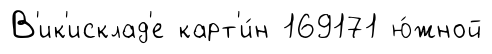
В'ик'исклад'е карт'и́н 169171 ю́жной